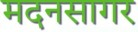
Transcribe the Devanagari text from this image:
मदनसागर